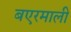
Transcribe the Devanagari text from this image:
बएरमाली